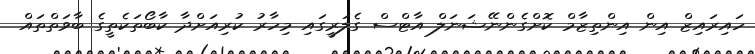
ހައިރައިޒް އިން އިންތިޒާމް ކޮށްގެންނޭޝަނަލް އާޓްސް ގެލަރީގައި މިހާރު ކުރިއަށްދާ ކާބޯތަކެތީގެ ބާވަތްތައް